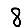
Digit: 8